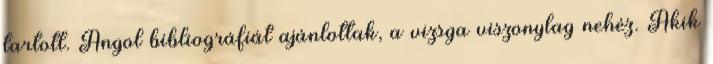
tartott. Angol bibliográfiát ajánlottak, a vizsga viszonylag nehéz. Akik